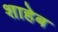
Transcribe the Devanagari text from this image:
शाहेब